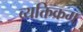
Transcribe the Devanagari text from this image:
व्यक्तिक्रम